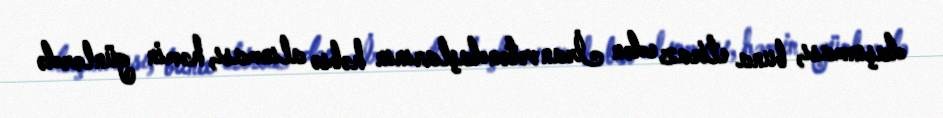
daşınması, buna etiraz edən İran vətəndaşlarının həbsə alınması, həmin günlərdə